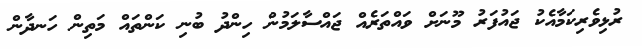
ރުޅިވެރިކަމާއެކު ޖައުފަރު މޫނަށް ވައްތަރެއް ޖައްސާލަމުން ހިންދު ބުނި ކަންތައް މަތިން ހަނދާން